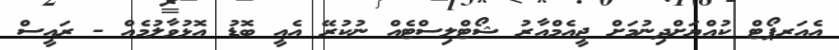
އެއަރޕޯޓް ކުއްޔަށްދިނުމަށް ޖީއެމްއާރު ޝޯޓްލިސްޓެއް ނުކުރޭ އެއީ ބޮޑު އޮޅުވާލުމެއް - ރައީސް